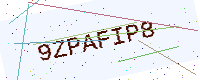
Text: 9ZPAFIP8